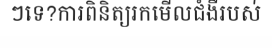
ៗទេ?ការពិនិត្យរកមើលជំងឺរបស់